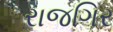
રાજગિર